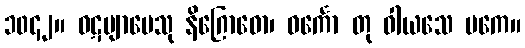
၁၀၄၂။ ဝဋဗျာမေသု နိဂြောဓော၊ ဓင်္ကော တု ဝါယသေ ဗကေ။